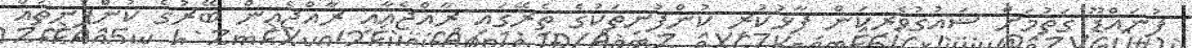
ފުނައްޑޫ ގަތުމަށް ޝައުގުވެރިކަން ފާޅުކުރި ކުންފުނިތަކުގެ ތެރޭގައި ރާއްޖެއާއި ރާއްޖެއިން ބޭރުގެ ކުންފުނިތައް